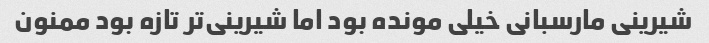
شیرینی مارسبانی خیلی مونده بود اما شیرینی‌تر تازه بود ممنون